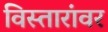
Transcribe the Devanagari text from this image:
विस्तारांवर